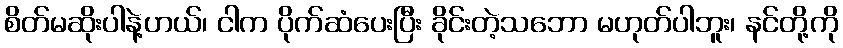
စိတ်မဆိုးပါနဲ့ဟယ်၊ ငါက ပိုက်ဆံပေးပြီး ခိုင်းတဲ့သဘော မဟုတ်ပါဘူး၊ နင်တို့ကို